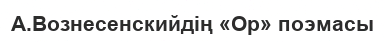
А.Вознесенскийдің «Ор» поэмасы